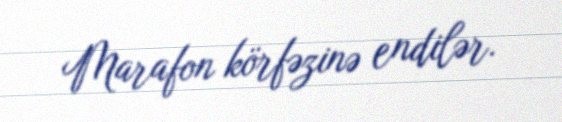
Marafon körfəzinə endilər.